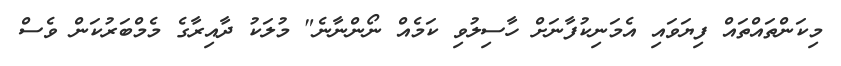
މިކަންތައްތައް ފިޔަވައި އެމަނިކުފާނަށް ހާސިލުވި ކަމެއް ނޯންނާނެ" މުލަކު ދާއިރާގެ މެމްބަރުކަން ވެސް